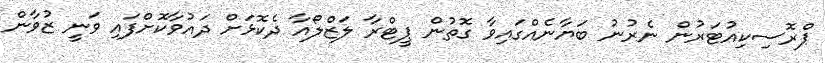
ޕްރޮސިކިއުޓަރުން ނެރުނު ބަޔާނެއްގައިވާ ގޮތުން ޕީޓްރާ ލަޒްލޯއާ ދެކޮޅަށް ދައުވާކޮށްފައި ވަނީ ޒުވާން